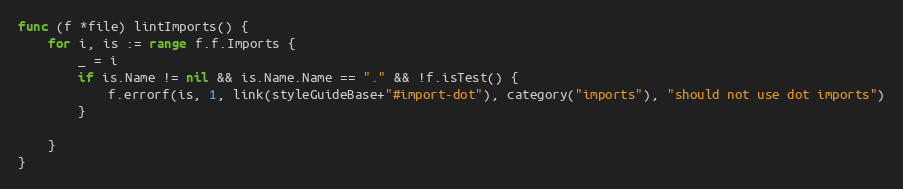
Language: Go
func (f *file) lintImports() {
	for i, is := range f.f.Imports {
		_ = i
		if is.Name != nil && is.Name.Name == "." && !f.isTest() {
			f.errorf(is, 1, link(styleGuideBase+"#import-dot"), category("imports"), "should not use dot imports")
		}

	}
}